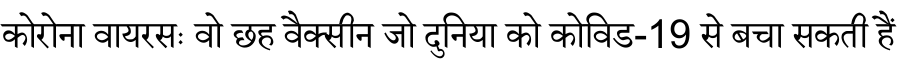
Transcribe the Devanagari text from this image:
कोरोना वायरसः वो छह वैक्सीन जो दुनिया को कोविड-19 से बचा सकती हैं